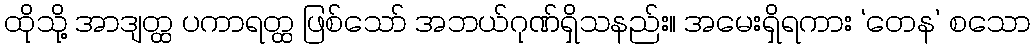
ထိုသို့ အာဒျတ္ထ ပကာရတ္ထ ဖြစ်သော် အဘယ်ဂုဏ်ရှိသနည်း။ အမေးရှိရကား ‘တေန’ စသော